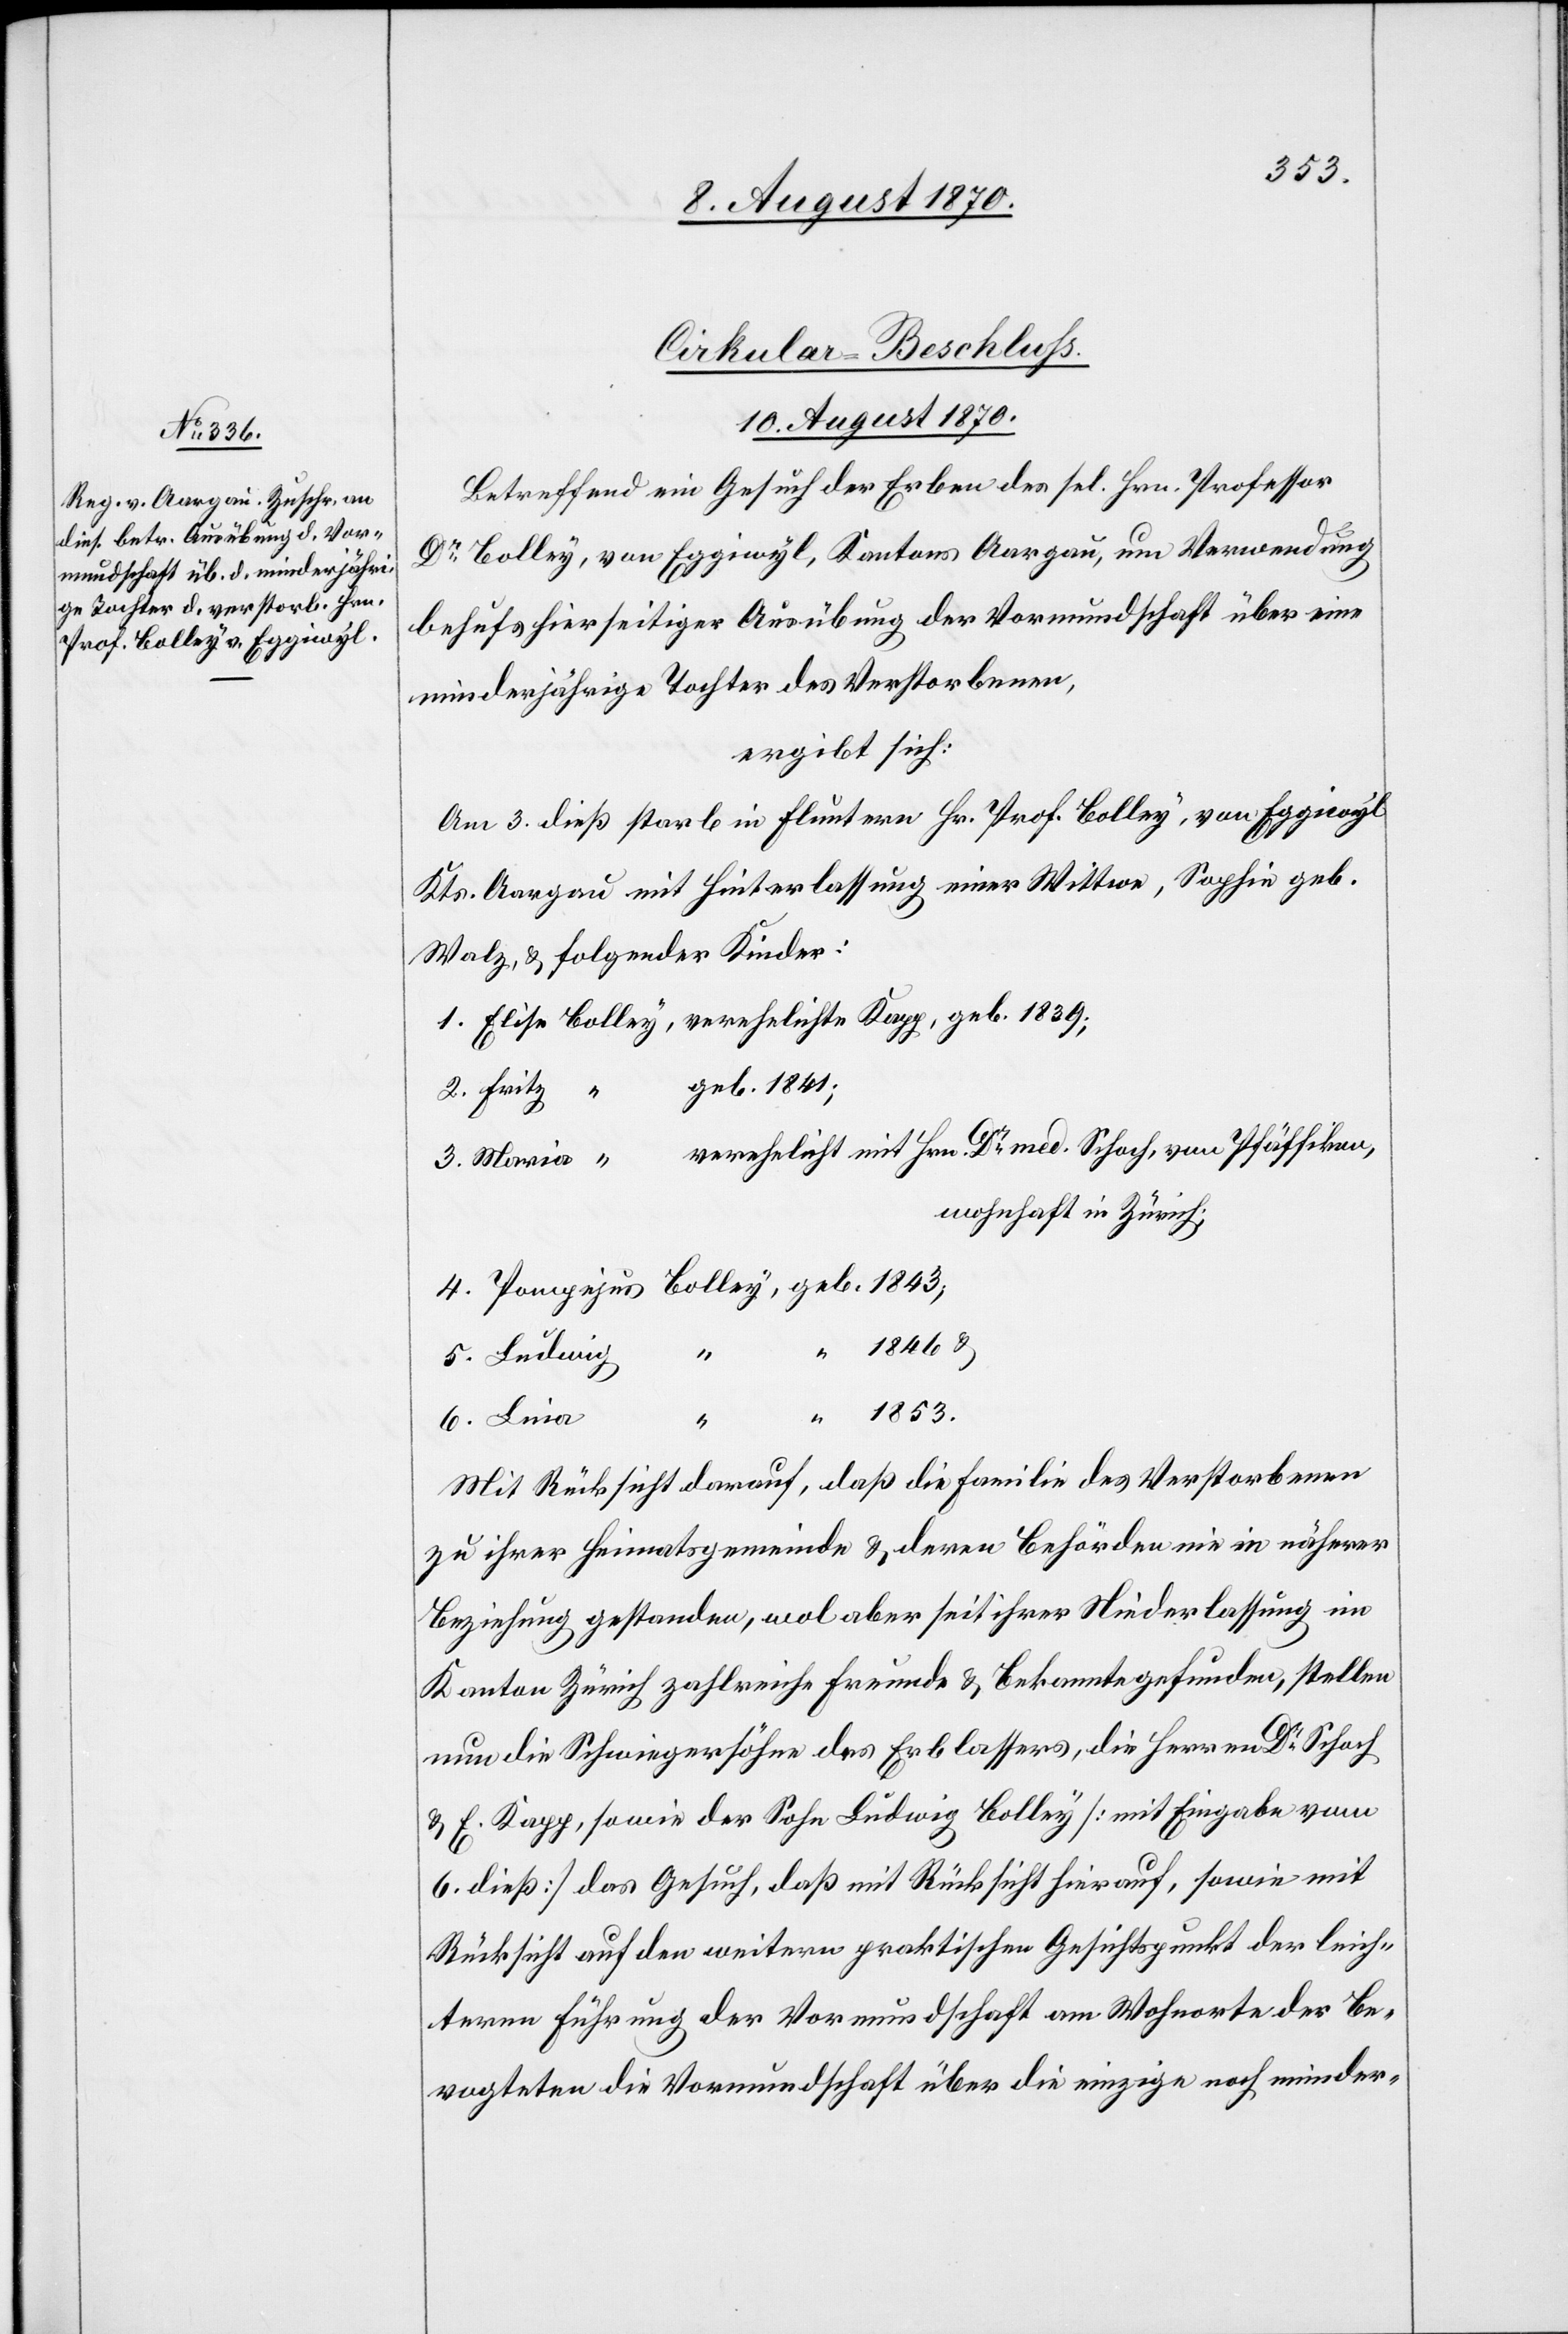
1853.
Cirkular-Beschluss.
10. August 1870.
Betreffend ein Gesuch der Erben des sel. Hrn. Professor
Dr Bolley, von Eggiwyl, Kantons Aargau, um Verwendung
behufs hierseitiger Ausübung der Vormundschaft über eine
minderjährige Tochter des Verstorbenen,
ergibt sich:
Am 3. dieß starb in Fluntern Hr. Prof. Bolley, von Eggiwyl
Kts. Aargau mit Hinterlassung einer Wittwe, Sophie geb.
Walz, & folgender Kinder:
geb. 1841;
verehelicht mit Hrn. Dr med. Schoch, von Pfäffikon
wohnhaft in Zürich;
4.
Mit Rücksicht darauf, daß die Familie des Verstorbenen
zu ihrer Heimatsgemeinde & deren Behörden nie in näherer
Beziehung gestanden, wol aber seit ihrer Niederlassung im
Kanton Zürich zahlreiche Freunde & Bekannte gefunden, stellen
nun die Schwiegersöhne des Erblassers, die Herren Dr Schoch
und E. Kapp, sowie der Sohn Ludwig Bolley [mit Eingabe vom
6. dieß] das Gesuch, daß mit Rücksicht hierauf, sowie mit
Rücksicht auf den weitern praktischen Gesichtspunkt der leich¬
tern Führung der Vormundschaft am Wohnorte der Be¬
vogteten die Vormundschaft über die einzige noch minder-